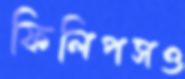
ফিলিপসও